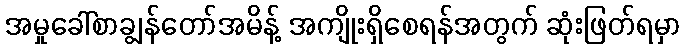
အမှုခေါ်စာချွန်တော်အမိန့် အကျိုးရှိစေရန်အတွက် ဆုံးဖြတ်ရမှာ